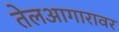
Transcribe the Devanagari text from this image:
तेलआगारावर